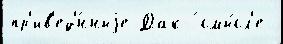
пр'ив'ед'́нныjе Дак-́ смы́сл'е